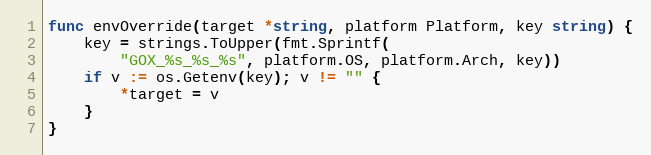
Language: Go
func envOverride(target *string, platform Platform, key string) {
	key = strings.ToUpper(fmt.Sprintf(
		"GOX_%s_%s_%s", platform.OS, platform.Arch, key))
	if v := os.Getenv(key); v != "" {
		*target = v
	}
}